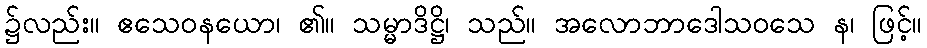
၌လည်း။ ဧသေဝနယော၊ ၏။ သမ္မာဒိဋ္ဌိ၊ သည်။ အလောဘာဒေါသဝသေ န၊ ဖြင့်။